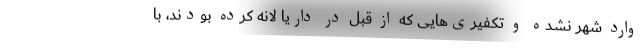
وارد شهر نشده و تکفیری‌هایی که از قبل در داریا لانه کرده بودند، با